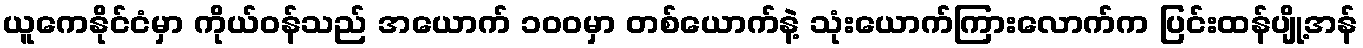
ယူကေနိုင်ငံမှာ ကိုယ်ဝန်သည် အယောက် ၁၀၀မှာ တစ်ယောက်နဲ့ သုံးယောက်ကြားလောက်က ပြင်းထန်ပျို့အန်